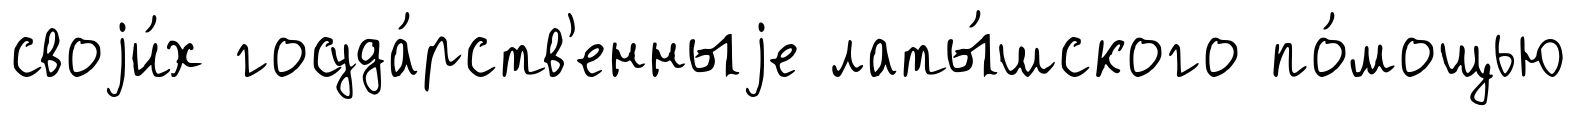
своjи́х госуда́рств'енныjе латы́шского по́мощью